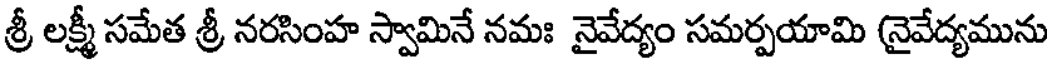
శ్రీ లక్ష్మీ సమేత శ్రీ నరసింహ స్వామినే నమః నైవేద్యం సమర్పయామి (నైవేద్యమును